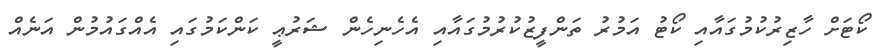
ކޯޓަށް ހާޒިރުކުމުގައާއި ކޯޓު އަމުރު ތަންފީޒުކުރުމުގައާއި އެހެނިހެން ޝަރުޢީ ކަންކަމުގައި އެއްގައުމުން އަނެއް